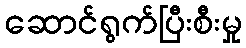
ဆောင်ရွက်ပြီးစီးမှု